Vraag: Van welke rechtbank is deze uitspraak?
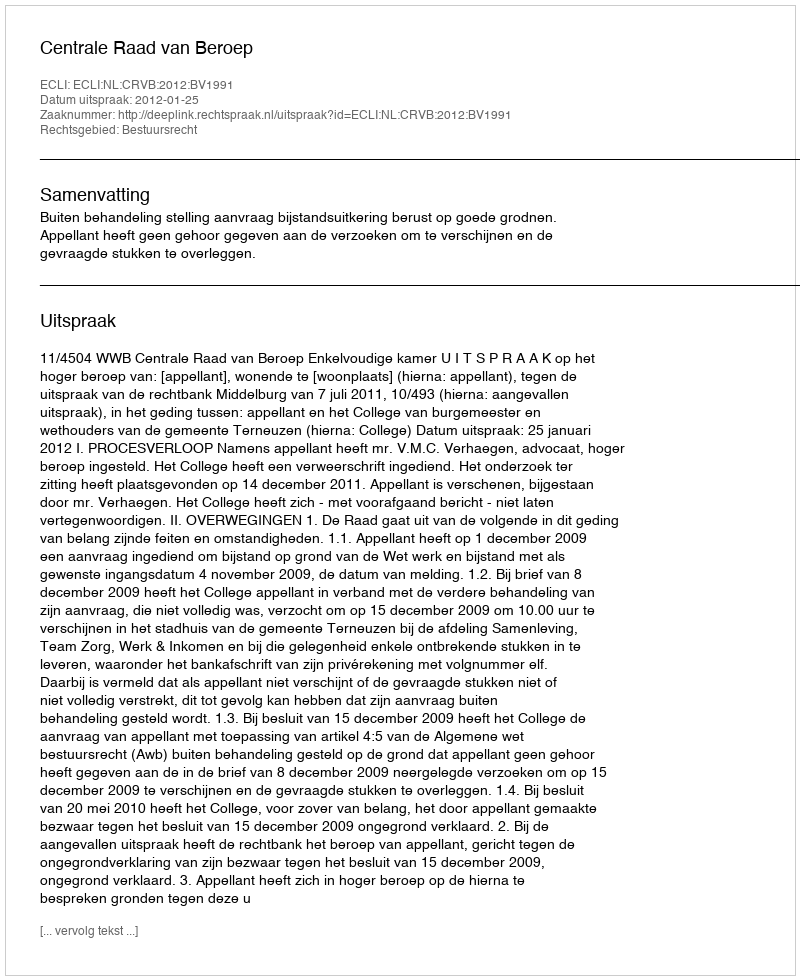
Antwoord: Centrale Raad van Beroep